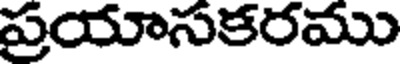
ప్రయాసకరము